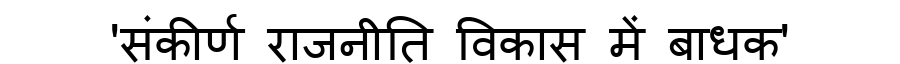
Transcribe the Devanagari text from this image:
'संकीर्ण राजनीति विकास में बाधक'